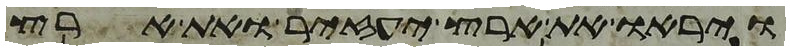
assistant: ויראו את ארץ יעזיר ואת ארץ